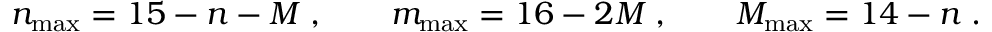
n _ { \mathrm { m a x } } = 1 5 - n - M \; , \qquad m _ { \mathrm { m a x } } = 1 6 - 2 M \; , \qquad M _ { \mathrm { m a x } } = 1 4 - n \; .